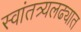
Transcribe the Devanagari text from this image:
स्वांतत्र्यलढ्यात